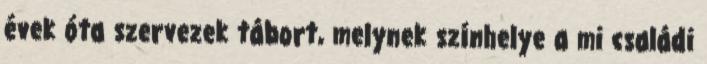
évek óta szervezek tábort, melynek színhelye a mi családi